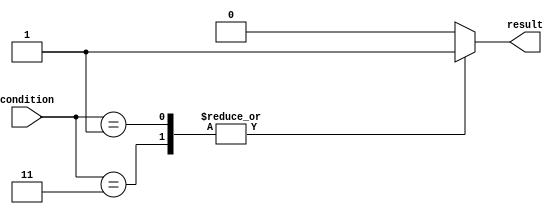
module priority_case_statement(
    input [1:0] condition,
    output reg result
);

always @(*)
begin
    result = 0; // default value
    
    case(condition)
        2'b11: begin
            result = 1; // highest priority condition
        end
        2'b10: begin
            result = 2; // second highest priority condition
        end
        2'b01: begin
            result = 3; // lowest priority condition
        end
    endcase
end

endmodule